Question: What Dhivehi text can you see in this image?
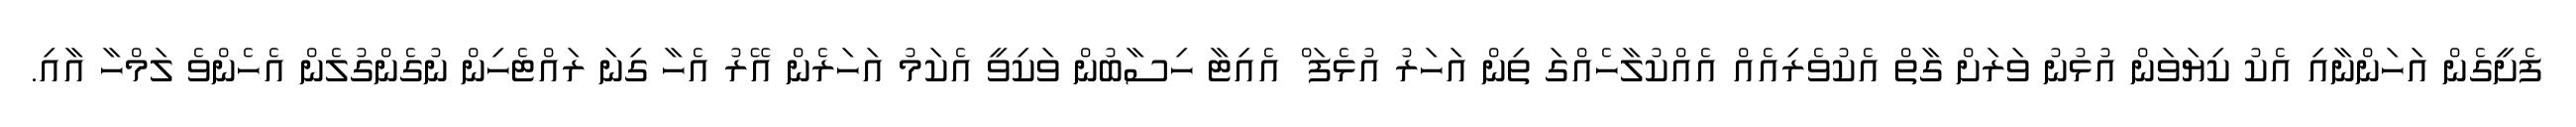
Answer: ފެށީގެން އަހަންނާއި އެކު ކިޔަވަން އުޅުނު ވަރަށް ގާތް އެކުވެރިއެއް އެއްކުލާހެއްގަ ތިން އަހަރު އުޅެފަ ް އެއިޓާ ހިސާބުން ވަކިވީ އެކަމު އަހަރެން އޭރު އެހާ ގިނަ ރައްޓެހިން ނުގެންގުލެން އެހެންވެ ލަމްހާ އާއި.